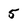
Character: 5